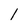
Character: l